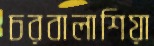
চরবালাশিয়া